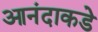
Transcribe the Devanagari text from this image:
आनंदाकडे